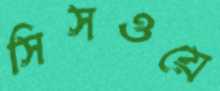
সিসওয়ে